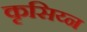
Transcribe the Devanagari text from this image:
कृसिय्न